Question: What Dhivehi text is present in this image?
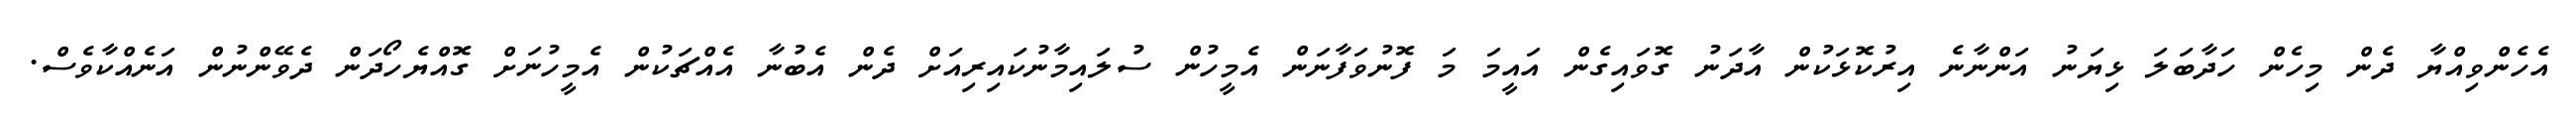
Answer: އެހެންވިއްޔާ ދެން މިހެން ހަދާބަލަ ޅިޔަނު އަންނާނެ އިރުކޮޅަކުން އާދަނު ގޮވައިގެން އައީމަ މަ ފޮނުވަފާނަން އެމީހުން ސުލައިމާނުކައިރިއަށް ދެން އެބުނާ އެއްޗަކުން އެމީހުނަށް ގޮއްޔެހޯދަން ދެވޭންނުން އަނެއްކާވެސް.